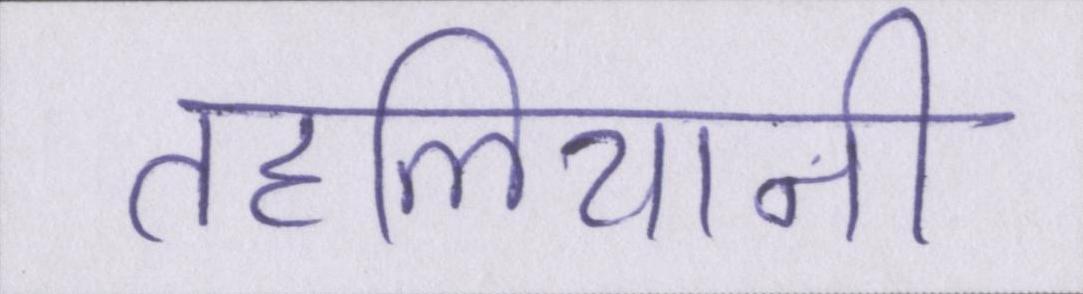
तहलियानी